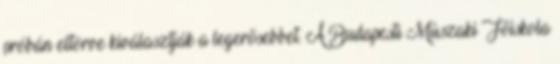
próbán eltörve kiválasztják a legerõsebbet. A Budapesti Mûszaki Fõiskola